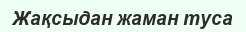
Жақсыдан жаман туса